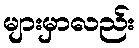
များမှာလည်း